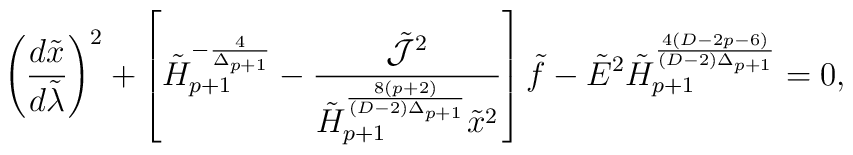
\left({{d\tilde{x}}\over{d\tilde{\lambda}}}\right)^2+\left[\tilde{H}^{-{4\over{\Delta_{p+1}}}}_{p+1}-{\tilde{\cal J}^2\over{\tilde{H}^{{8(p+2)}\over{(D-2)\Delta_{p+1}}}_{p+1}\tilde{x}^2}}\right]\tilde{f}-\tilde{E}^2\tilde{H}^{{4(D-2p-6)}\over{(D-2)\Delta_{p+1}}}_{p+1}=0,